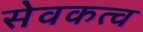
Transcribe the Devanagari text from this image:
सेवकत्व